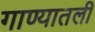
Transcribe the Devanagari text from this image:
गाण्यातली